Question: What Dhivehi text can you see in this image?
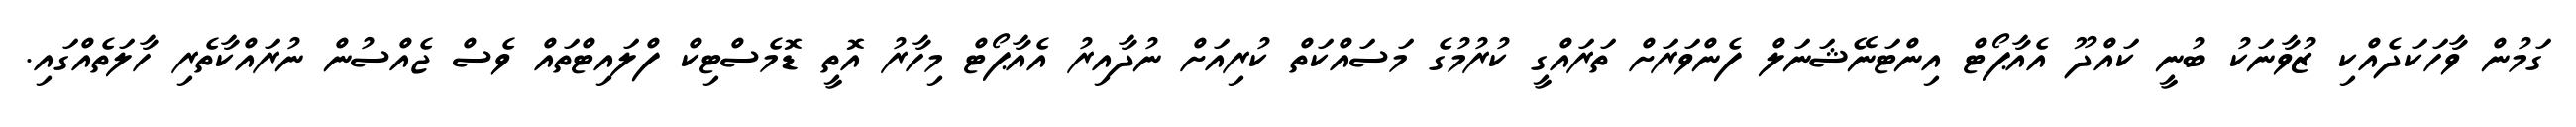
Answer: ގަމުން ވާހަކަދެއްކި ޒުވާނަކު ބުނީ ކައްދޫ އެއާޕޯޓް އިންޓަނޭޝަނަލް ފެންވަރަށް ތަރައްގީ ކުރުމުގެ މަސައްކަތް ކުރިއަށް ނުދާއިރު އެއާޕޯޓް މިހާރު އޮތީ ޑޮމެސްޓިކް ފްލައިޓްތައް ވެސް ޖެއްސުން ނުރައްކާތެރި ހާލަތެއްގައި.